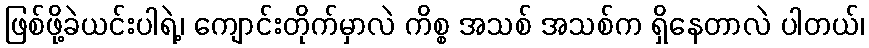
ဖြစ်ဖို့ခဲယင်းပါရဲ့၊ ကျောင်းတိုက်မှာလဲ ကိစ္စ အသစ် အသစ်က ရှိနေတာလဲ ပါတယ်၊